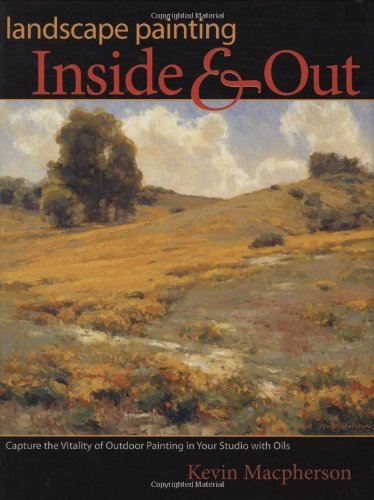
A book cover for Landscape Painting Inside and Out: Capture the Vitality of Outdoor Painting in Your Studio With Oils; Kevin D. MacPherson; Arts & Photography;